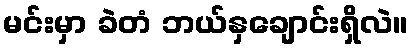
မင်းမှာ ခဲတံ ဘယ်နှချောင်းရှိလဲ။